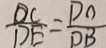
\frac { D C } { D E } = \frac { D O } { D B }